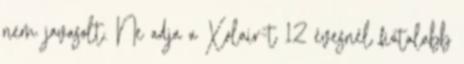
nem javasolt. Ne adja a Xolair-t 12 évesnél fiatalabb